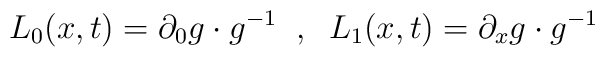
L_{0}(x,t)= \partial_{0}g \cdot g^{-1} \;\;,\;\;  L_{1}(x,t)= \partial_{x}g \cdot g^{-1}